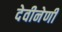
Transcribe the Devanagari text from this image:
देवीनेणी